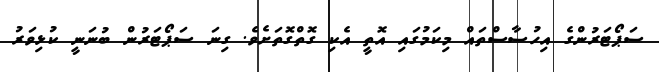
ސަޕޯޓަރުންގެ އިހުސާސްތައް މިކަމުގައި އޮތީ އެކި ގޮތްގޮތަށެވެ. ގިނަ ސަޕޯޓަރުން ބުނަނީ ކުޅިވަރު